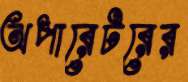
অপারেটরের